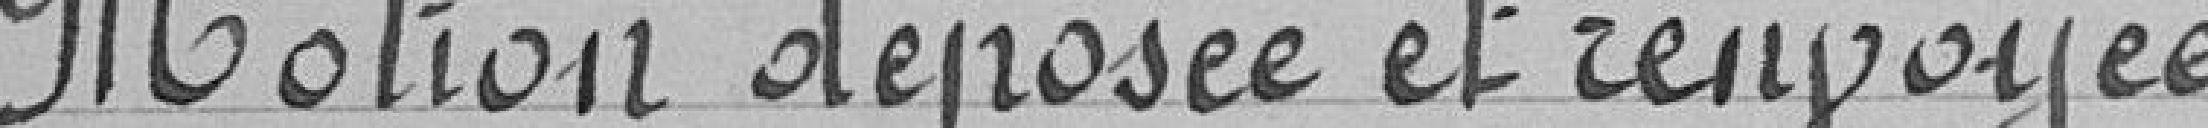
Motion déposée et renvoyée